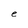
Character: e